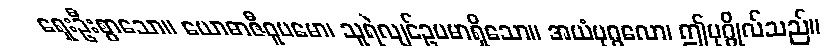
ရှေးဦးစွာသော။ ယောဓာဇီဝူပမော၊ သူရဲလျင်ဥပမာရှိသော။ အယံပုဂ္ဂလော၊ ဤပုဂ္ဂိုလ်သည်။